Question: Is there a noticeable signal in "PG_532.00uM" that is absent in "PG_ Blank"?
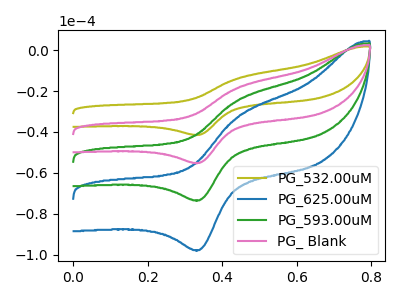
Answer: <think>The olive curve "PG_532.00uM" has an anodic peak at (0.45V, -13.85uA) and a cathodic peak at (0.35V, -41.40uA). The blue curve "PG_625.00uM" has an anodic peak at (0.45V, -55.30uA) and a cathodic peak at (0.35V, -165.45uA). The green curve "PG_593.00uM" has an anodic peak at (0.45V, -36.90uA) and a cathodic peak at (0.35V, -110.30uA). The pink curve "PG_ Blank" has an anodic peak at (0.45V, -18.45uA) and a cathodic peak at (0.35V, -55.15uA).
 All the peaks in "PG_532.00uM" have a peak in "PG_ Blank" at the same potential.</think>
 <answer>No, "PG_532.00uM" and "PG_ Blank" don't appear to be significantly different in shape</answer>
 <eval>no_change</eval>